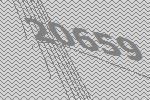
20659